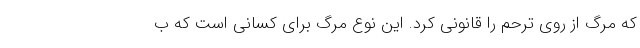
که مرگ از روی ترحم را قانونی کرد. این نوع مرگ برای کسانی است که ب